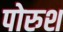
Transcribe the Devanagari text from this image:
पोरुश